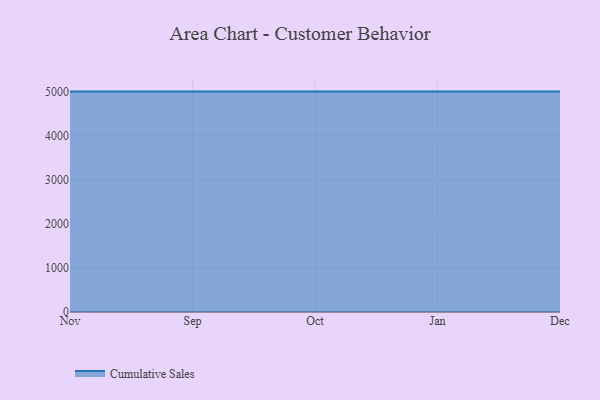
{"axis": {"x": "Month", "y": "Tickets Resolved"}, "legend": ["Cumulative Sales"], "data": [{"x": "Nov", "y": 5000, "type": "Cumulative Sales"}, {"x": "Sep", "y": 5000, "type": "Cumulative Sales"}, {"x": "Oct", "y": 5000, "type": "Cumulative Sales"}, {"x": "Jan", "y": 5000, "type": "Cumulative Sales"}, {"x": "Dec", "y": 5000, "type": "Cumulative Sales"}]}